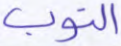
التوب